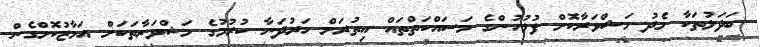
ބަދަލުތަކާ މެދު މަޝްވަރާކޮށް ފުލުހުންގެ މަސައްކަތްތައް އިތުރަށް ހަރުދަނާ ކުރުމުގެ މަޝްވަރާތަކަށް އަމާޒުކޮށްގެން